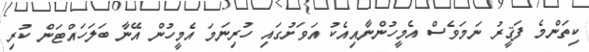
ކިތަންމެ ފަޤީރު ނަމަވެސް އެމީހުންނާއިއެކު އަވަށުގައި ހުރިނަމަ އެމީހުން އޭނާ ބަލަހައްޓަން ކުރި